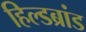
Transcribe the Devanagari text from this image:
हिल्डब्रांड